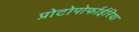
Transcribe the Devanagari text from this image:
प्रोटोपोर्फाईरिया